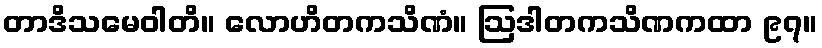
တာဒိသမေဝါတိ။ လောဟိတကသိဏံ။ ဩဒါတကသိဏကထာ ၉၇။